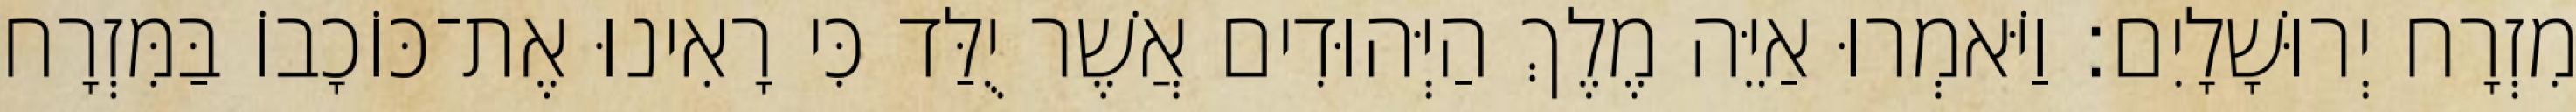
מִזְרָח יְרוּשָׁלָיִם׃ וַיֹּאמְרוּ אַיֵּה מֶלֶךְ הַיְּהוּדִים אֲשֶׁר יֻלַּד כִּי רָאִינוּ אֶת־כּוֹכָבוֹ בַּמִּזְרָח